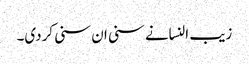
زیب النسانے سنی ان سنی کردی۔